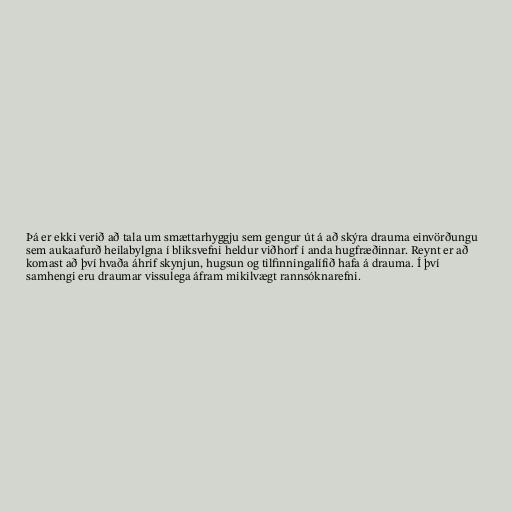
Þá er ekki verið að tala um smættarhyggju sem gengur út á að skýra drauma einvörðungu
sem aukaafurð heilabylgna í bliksvefni heldur viðhorf í anda hugfræðinnar. Reynt er að
komast að því hvaða áhrif skynjun, hugsun og tilfinningalífið hafa á drauma. Í því
samhengi eru draumar vissulega áfram mikilvægt rannsóknarefni.